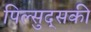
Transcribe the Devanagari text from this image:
पिल्सुद्सकी